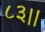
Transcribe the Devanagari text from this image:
८३।।